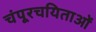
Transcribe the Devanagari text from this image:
चंपूरचयिताओं